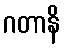
ဂတာနိ